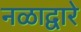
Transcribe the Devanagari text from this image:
नळाद्वारे